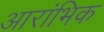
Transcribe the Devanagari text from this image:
आरांभिक